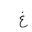
Letter: _gayn